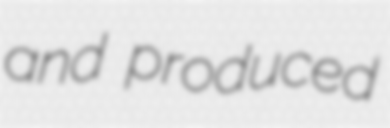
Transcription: and produced